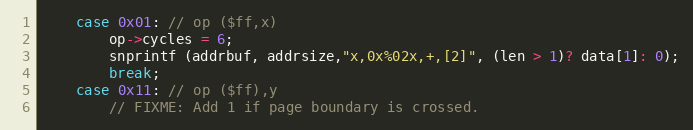
Language: C
	case 0x01: // op ($ff,x)
		op->cycles = 6;
		snprintf (addrbuf, addrsize,"x,0x%02x,+,[2]", (len > 1)? data[1]: 0);
		break;
	case 0x11: // op ($ff),y
		// FIXME: Add 1 if page boundary is crossed.